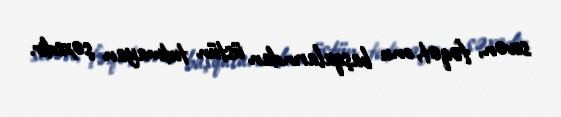
sevən, fəqət, onu başqalarından üstün tutmayan şəxsdir.